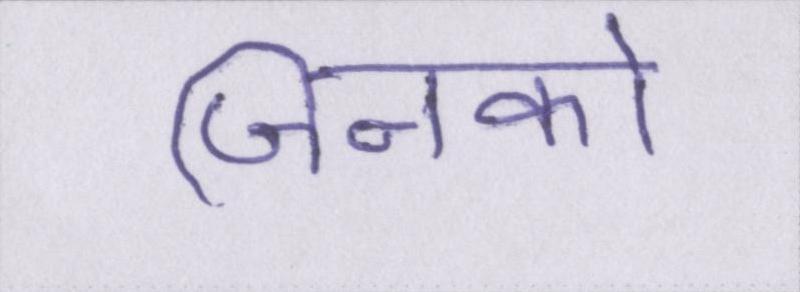
जिनको